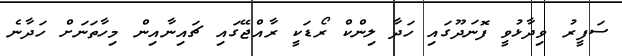
ސަފީރު ވިދާޅުވީ ފޮނަދޫގައި ހަދާ ލިންކް ރޯޑަކީ ރާއްޖޭގައި ޗައިނާއިން މިހާތަނަށް ހަދާނެ